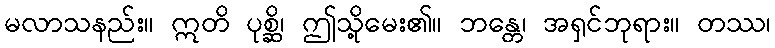
မလာသနည်း။ ဣတိ ပုစ္ဆိ၊ ဤသို့မေး၏။ ဘန္တေ၊ အရှင်ဘုရား။ တဿ၊